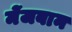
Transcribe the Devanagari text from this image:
मेंजबान